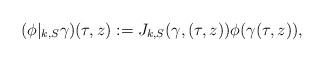
LaTeX: \begin{align*} (\phi|_{k,S} \gamma)(\tau,z):=J_{k,S}(\gamma, (\tau,z))\phi(\gamma(\tau,z)),\end{align*}